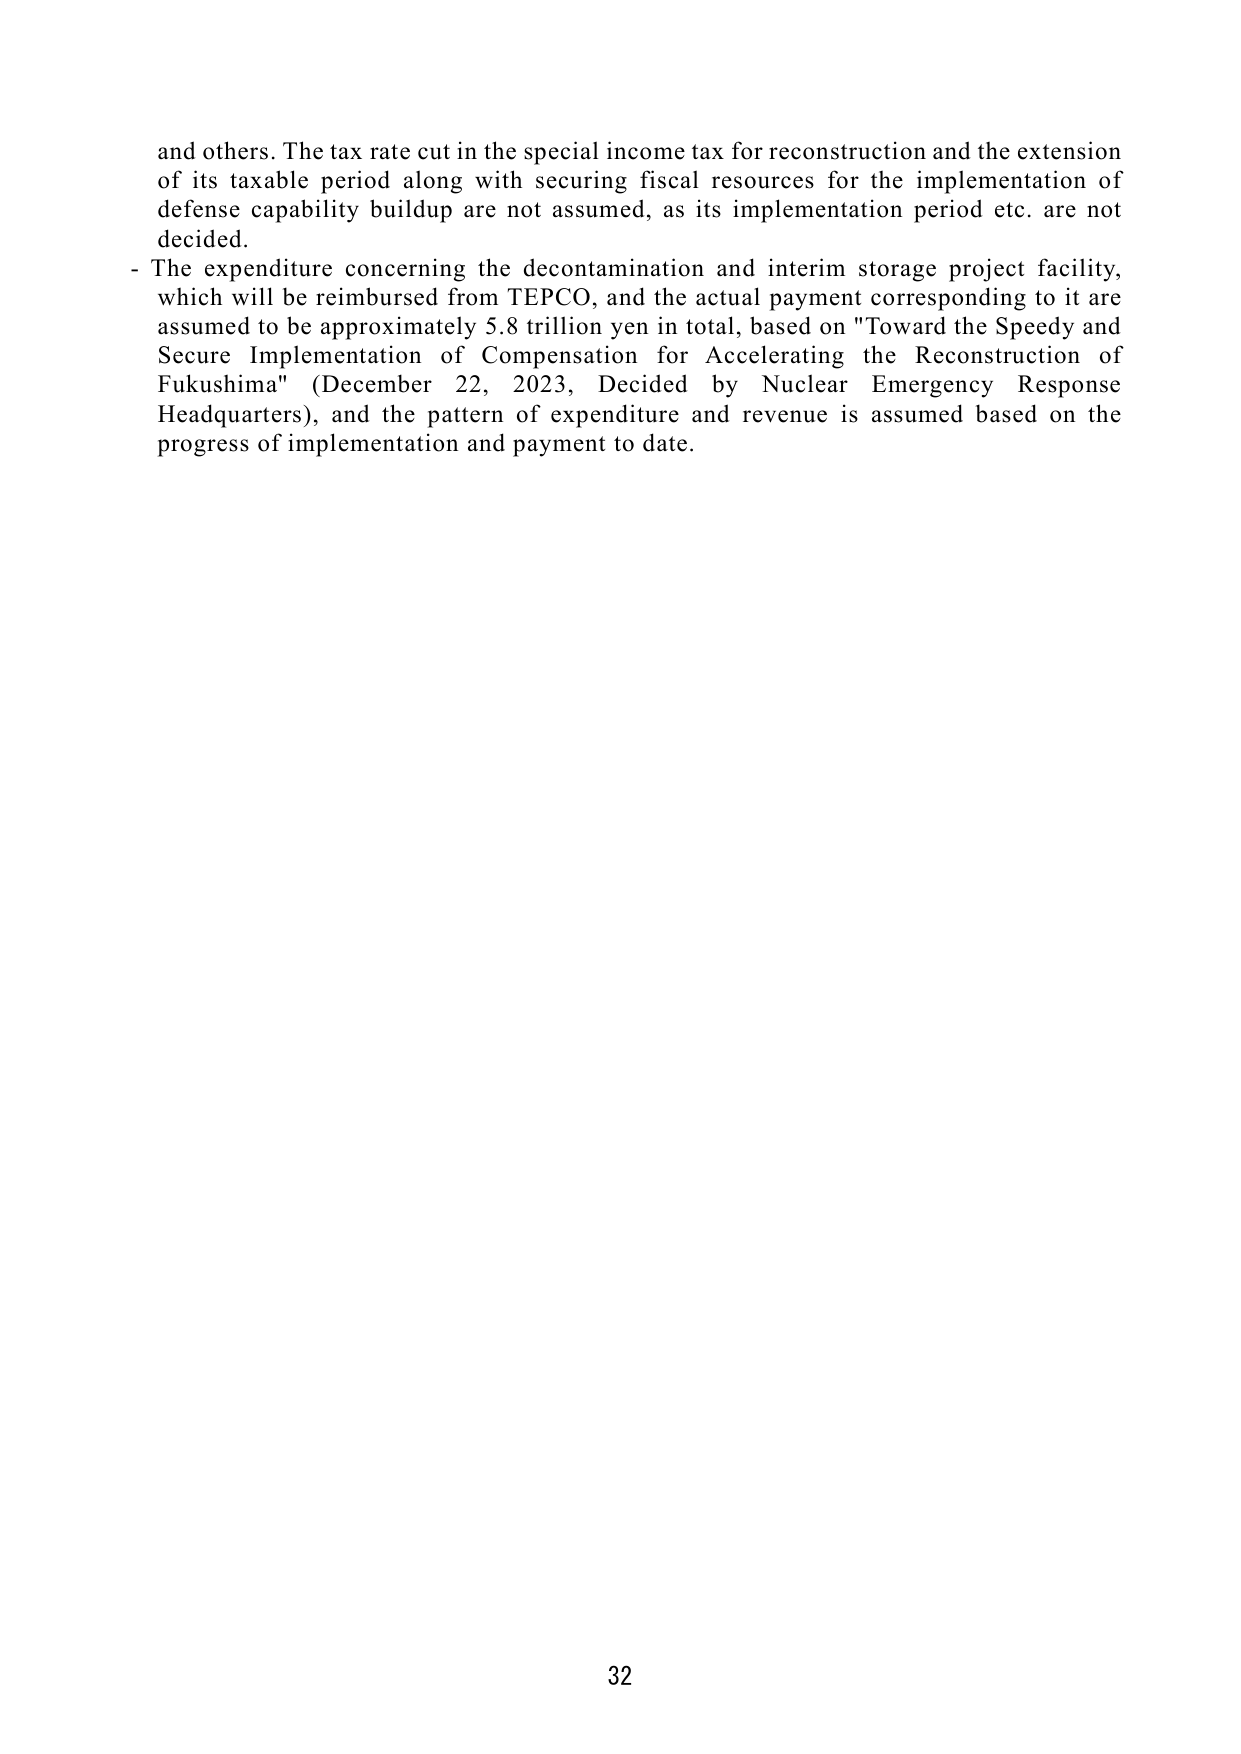
and others. The tax rate cut in the special income tax for reconstruction and the extension of its taxable period along with securing fiscal resources for the implementation of defense capability buildup are not assumed, as its implementation period etc. are not decided.

- The expenditure concerning the decontamination and interim storage project facility, which will be reimbursed from TEPCO, and the actual payment corresponding to it are assumed to be approximately 5.8 trillion yen in total, based on "Toward the Speedy and Secure Implementation of Compensation for Accelerating the Reconstruction of Fukushima" (December 22, 2023, Decided by Nuclear Emergency Response Headquarters), and the pattern of expenditure and revenue is assumed based on the progress of implementation and payment to date.

32